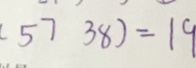
( 5 7 3 8 ) = 1 9